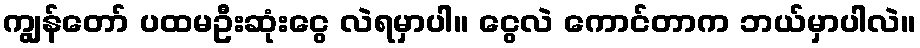
ကျွန်တော် ပထမဦးဆုံးငွေ လဲရမှာပါ။ ငွေလဲ ကောင်တာက ဘယ်မှာပါလဲ။